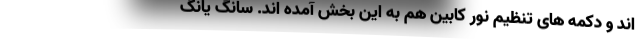
اند و دکمه های تنظیم نور کابین هم به این بخش آمده اند. سانگ یانگ